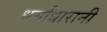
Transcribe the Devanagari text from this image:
धर्माधारानी